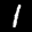
Label: 1